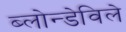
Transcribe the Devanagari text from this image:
ब्लोन्डेविले